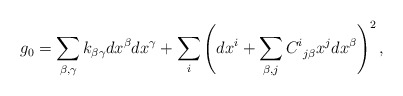
\begin{align*} g_0 = \sum_{\beta, \gamma} k_{\beta \gamma} dx^\beta dx^\gamma + \sum_i \left( dx^i + \sum_{\beta, j} C^i_{\: \: j \beta} x^j dx^\beta \right)^2,\end{align*}